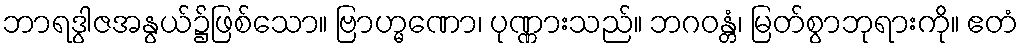
ဘာရဒွါဇအနွယ်၌ဖြစ်သော။ ဗြာဟ္မဏော၊ ပုဏ္ဏားသည်။ ဘဂဝန္တံ၊ မြတ်စွာဘုရားကို။ ဧတံ